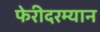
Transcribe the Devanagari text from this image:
फेरीदरम्यान